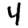
Digit: 4